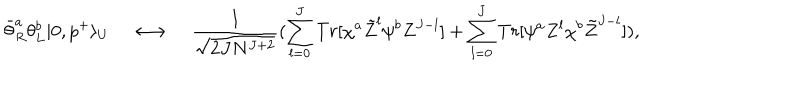
\bar { \theta } _ { R } ^ { a } \theta _ { L } ^ { b } | 0 , p ^ { + } \rangle _ { U } \quad \longleftrightarrow \quad { \frac { 1 } { \sqrt { 2 J N ^ { J + 2 } } } } ( \sum _ { l = 0 } ^ { J } T r [ \chi ^ { a } \tilde { Z } ^ { l } \psi ^ { b } Z ^ { J - l } ] + \sum _ { l = 0 } ^ { J } T r [ \psi ^ { a } Z ^ { l } \chi ^ { b } \tilde { Z } ^ { J - l } ] ) ,